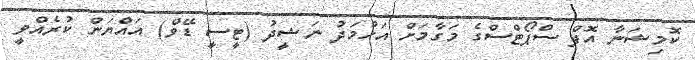
ކޮމިޝަނާ އޮފް ސްޕޯޓްސްގެ މަގާމަށް އަހުމަދު ނަޝީދު (ޓީސީ ޑޭވް) އައްޔަން ކުރެއްވީ